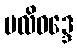
ဗလိဝဒ္ဒေ